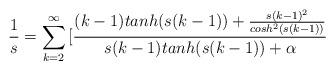
LaTeX: \begin{align*}\frac{1}{s}=\sum_{k=2}^{\infty}{[\frac{(k-1)tanh(s(k-1))+\frac{s(k-1)^2}{cosh^2(s(k-1))}}{s(k-1)tanh(s(k-1))+\alpha}} \end{align*}